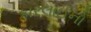
કારલાઈનો